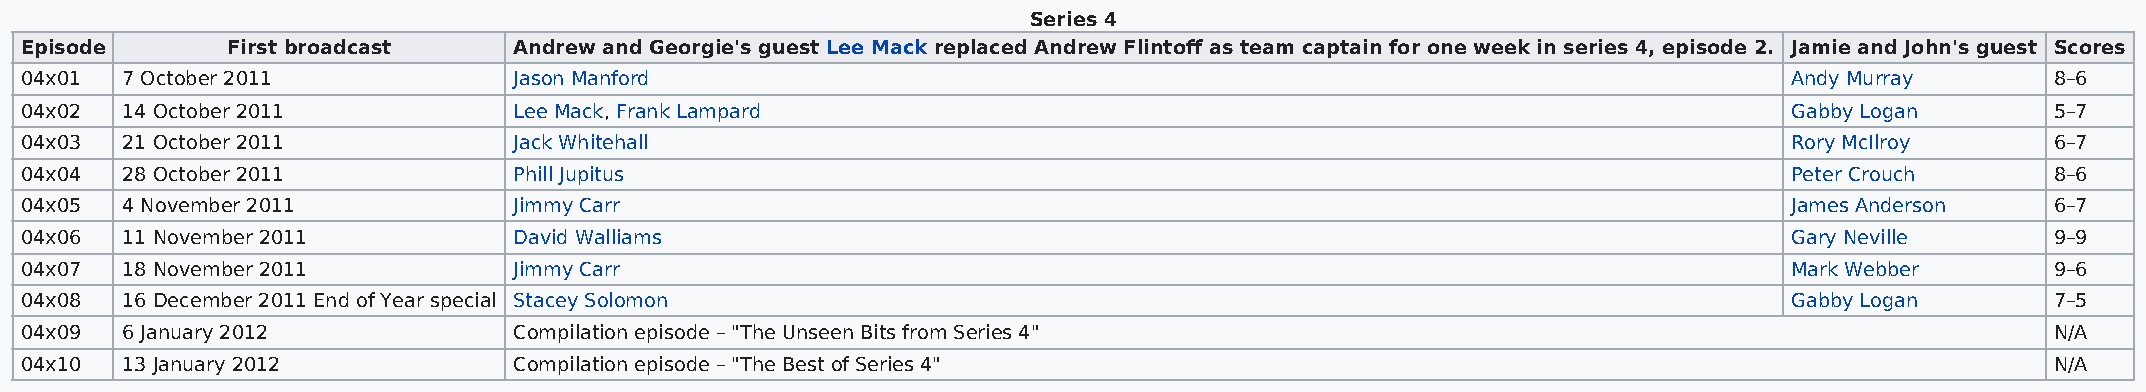
Series 4
 Episode       First broadcast    Andrew and Georgie's guest Lee Mack replaced Andrew Flintoff as team captain for one week in series 4, episode 2. Jamie and John's guest Scores
 04x01  7 October 2011            Jason Manford                                                                        Andy Murray      8–6
 04x02  14 October 2011           Lee Mack, Frank Lampard                                                              Gabby Logan      5–7
 04x03  21 October 2011           Jack Whitehall                                                                       Rory McIlroy     6–7
 04x04  28 October 2011           Phill Jupitus                                                                        Peter Crouch     8–6
 04x05  4 November 2011           Jimmy Carr                                                                           James Anderson   6–7
 04x06  11 November 2011          David Walliams                                                                       Gary Neville     9–9
 04x07  18 November 2011          Jimmy Carr                                                                           Mark Webber      9–6
 04x08  16 December 2011 End of Year special Stacey Solomon                                                            Gabby Logan      7–5
 04x09  6 January 2012            Compilation episode – "The Unseen Bits from Series 4"                                                 N/A
 04x10  13 January 2012           Compilation episode – "The Best of Series 4"                                                          N/A